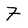
Character: 7